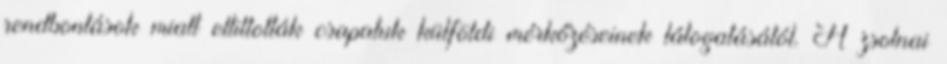
rendbontások miatt eltiltották csapatuk külföldi mérkőzéseinek látogatásától. A zsolnai